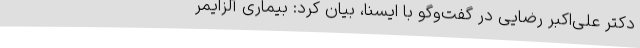
دکتر علی‌اکبر رضایی در گفت‌وگو با ایسنا، بیان کرد: بیماری آلزایمر